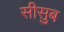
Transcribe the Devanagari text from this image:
सीसुब